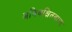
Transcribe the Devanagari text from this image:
अविवक्षितवाच्य